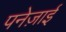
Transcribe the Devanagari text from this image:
पनेज़ाई